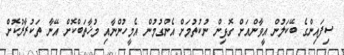
ސިފައިންގެ ބޭކަލުން އީވާންއަށް ގޮޅިން ނުކުތުމަށް އެންގުމުން އެމީހުންނާއި މުޚާތަބްކޮށް އޭނާ ތަކުރާރުކޮށް